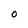
Character: O